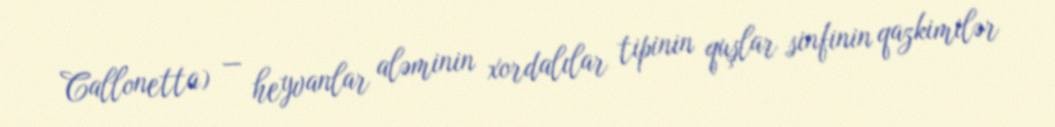
Callonetta) — heyvanlar aləminin xordalılar tipinin quşlar sinfinin qazkimilər